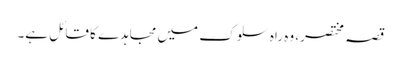
قصہ مختصر، وہ راہ سلوک میں مجاہدے کا قائل ہے۔